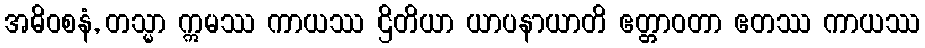
အဓိဝစနံ, တသ္မာ ဣမဿ ကာယဿ ဌိတိယာ ယာပနာယာတိ ဧတ္တာဝတာ ဧတဿ ကာယဿ